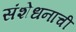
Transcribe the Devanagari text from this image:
संशेधनाची